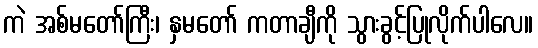
ကဲ အစ်မတော်ကြီး၊ နှမတော် ကတာချီကို သွားခွင့်ပြုလိုက်ပါလေ။